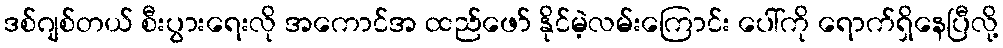
ဒစ်ဂျစ်တယ် စီးပွားရေးလို အကောင်အ ထည်ဖော် နိုင်မဲ့လမ်းကြောင်း ပေါ်ကို ရောက်ရှိနေပြီလို့